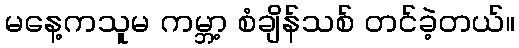
မနေ့ကသူမ ကမ္ဘာ့ စံချိန်သစ် တင်ခဲ့တယ်။